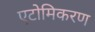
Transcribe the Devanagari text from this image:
एटोमिकरण